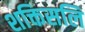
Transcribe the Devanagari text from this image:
शक्तिसलि